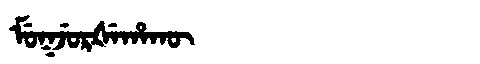
Manchu: ᠮᡠᡴᠵᡠᡵᡧᡝᡥᠠᡴᡡ
Romanization: MUKJURŠEHAKŪ